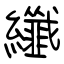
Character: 纖